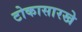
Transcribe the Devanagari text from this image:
टोकासारखे